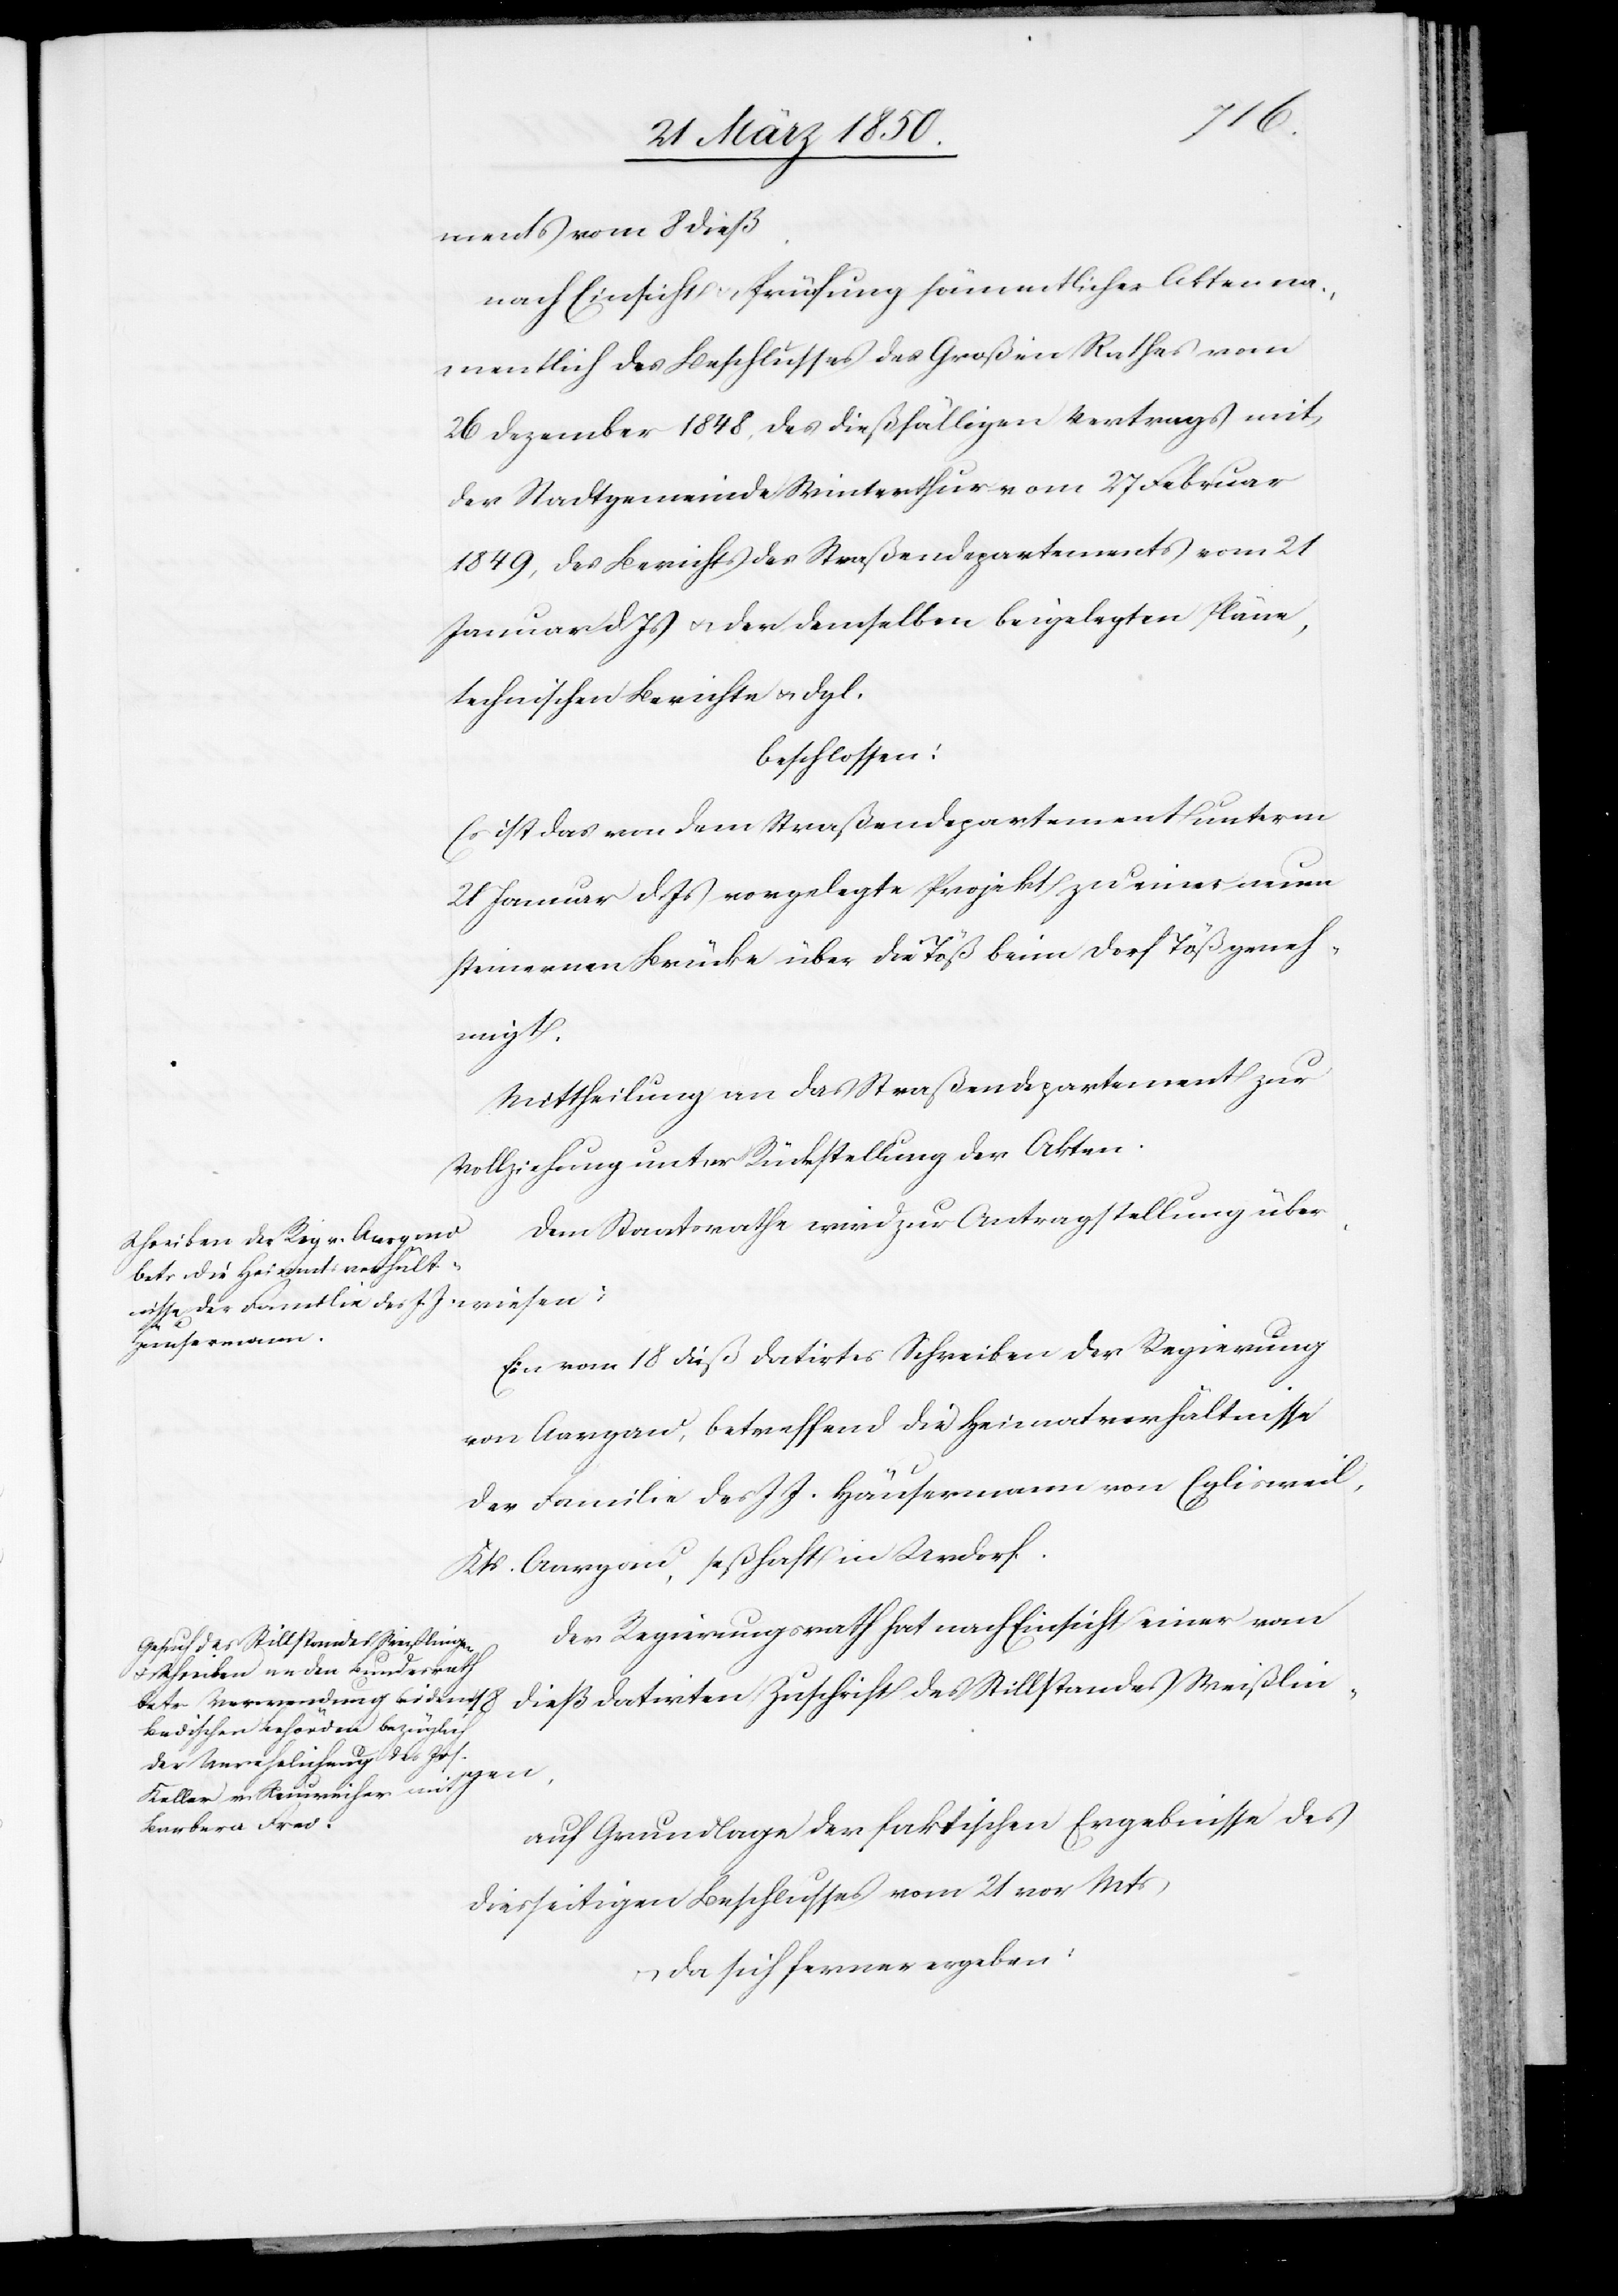
18
ments vom 8 dieß
nach Einsicht u. Prüfung sämmtlicher Akten na¬
mentlich des Beschlusses des Großen Rathes vom
26 Dezember 1848, des dießfälligen Vertrags mit
der Stadtgemeinde Winterthur vom 27 Februar
1849, des Berichts des Straßendepartements vom 21
Januar d. Js u. der demselben beigelegten Pläne,
technischen Berichte u. dgl.
beschlossen:
Es ist das von dem Straßendepartement unterm
21 Januar d. Js vorgelegte Projekt zu einer neuen
steinernen Brücke über die Töß beim Dorf Töß geneh¬
gen,
Mittheilung an das Straßendepartement zur
Vollziehung unter Rückstellung der Akten.
Dem Staatsrathe wird zur Antragstellung über¬
Ein vom 18 dieß datirtes Schreiben der Regierung
von Aargau, betreffend die Heimatverhältnisse
der Familie des J. J. Häusermann von Eglisweil,
Kts. Aargau, seßhaft in Urdorf.
Der Regierungsrath hat nach Einsicht einer vom
dieß datirten Zuschrift des Stillstandes Weißlin¬
auf Grundlage der faktischen Ergebnisse des
diesseitigen Beschlusses vom 21 vor Mts
u. da sich ferner ergeben: